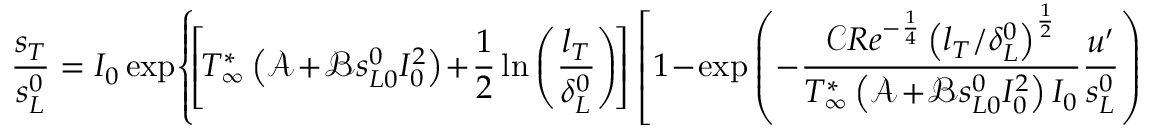
\frac { s _ { T } } { s _ { L } ^ { 0 } } = I _ { 0 } \exp \! \left\{ \! \left[ \! T _ { \infty } ^ { * } \left( \mathcal { A } \! + \! \mathcal { B } s _ { L 0 } ^ { 0 } I _ { 0 } ^ { 2 } \right) \! + \! \frac { 1 } { 2 } \ln \left( \frac { l _ { T } } { \delta _ { L } ^ { 0 } } \right) \! \right] \left[ 1 \! - \! \exp \left( - \frac { \mathcal { C } R e ^ { - \frac { 1 } { 4 } } \left( l _ { T } / \delta _ { L } ^ { 0 } \right) ^ { \frac { 1 } { 2 } } } { T _ { \infty } ^ { * } \left( \mathcal { A } \! + \! \mathcal { B } s _ { L 0 } ^ { 0 } I _ { 0 } ^ { 2 } \right) I _ { 0 } } \frac { u ^ { \prime } } { s _ { L } ^ { 0 } } \right) \right] \! \right\} ,